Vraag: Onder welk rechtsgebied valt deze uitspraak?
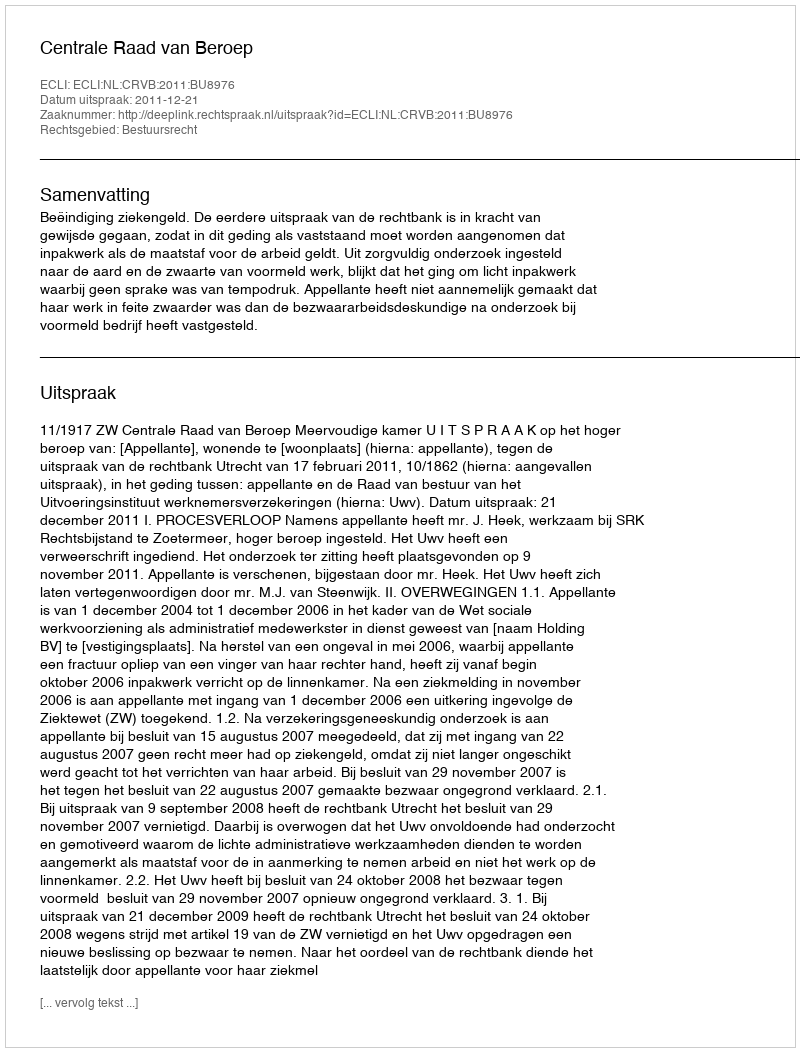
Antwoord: Bestuursrecht